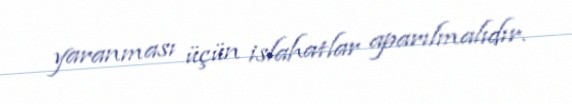
yaranması üçün islahatlar aparılmalıdır.